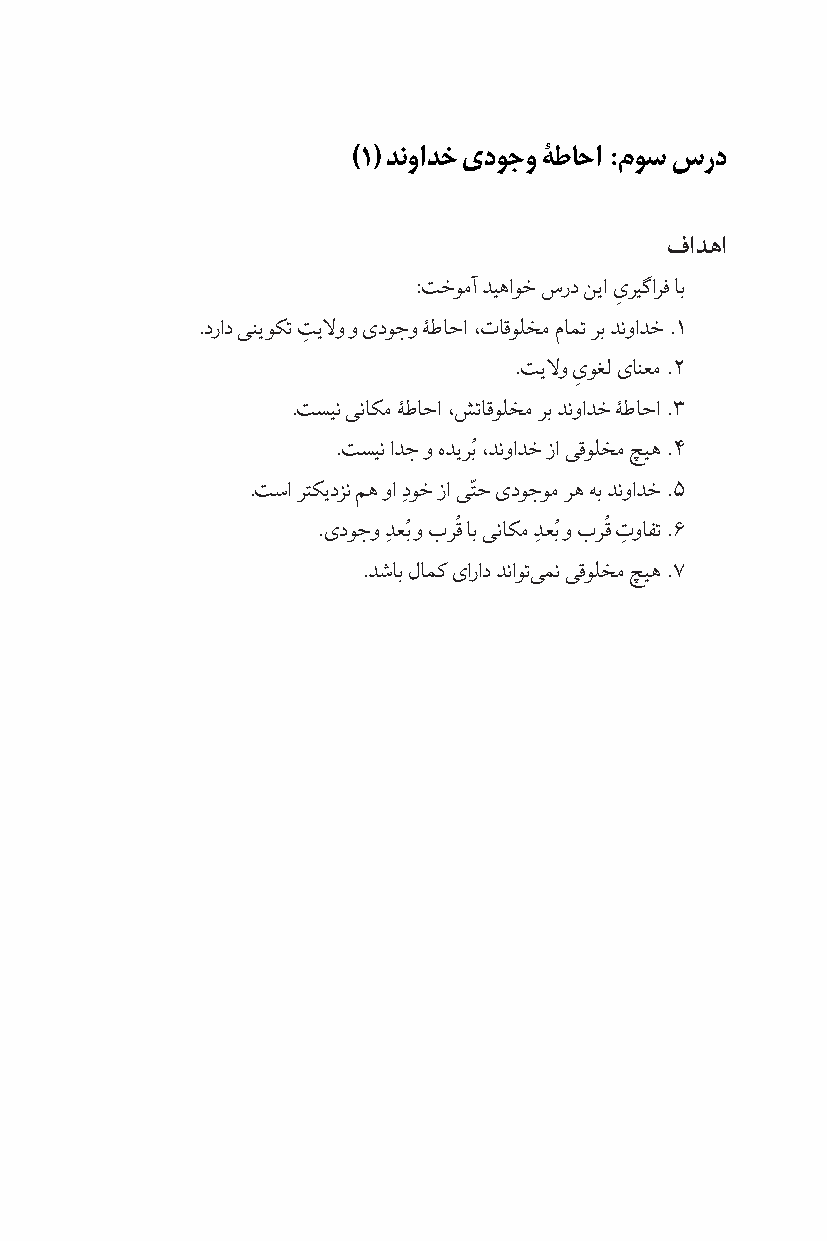
)1( دنوادخ یدوجو ۀطاحا :موس سرد
 فادها
 :تخومآ دیهاوخ سرد نیا ىریگارف اب
 ِ
 .دراد ینیوکت تیلو و ىدوجو ۀطاحا ،تاقولخم مامت رب دنوادخ .1
 ِ
 .تیلو ىوغل ىانعم .2
 ِ
 .تسین یناکم ۀطاحا ،شتاقولخم رب دنوادخ ۀطاحا .3
 ُ
 .تسین ادج و هدیرب ،دنوادخ زا یقولخم چیه .4
 ّ
 .تسا رتکیدزن مه وا دِوخ زا یتح ىدوجوم ره هب دنوادخ .5
 ُ  ُ      ُ  ُ
 .ىدوجو دِ عب و برق اب یناکم دِ عب و برق ت
 ِ
 وافت .6
 .دشاب لامک ىاراد دناوتی من یقولخم چیه .7